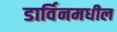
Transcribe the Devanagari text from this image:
डार्विनमधील